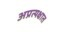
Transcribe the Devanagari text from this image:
अप्रत्यक्षात